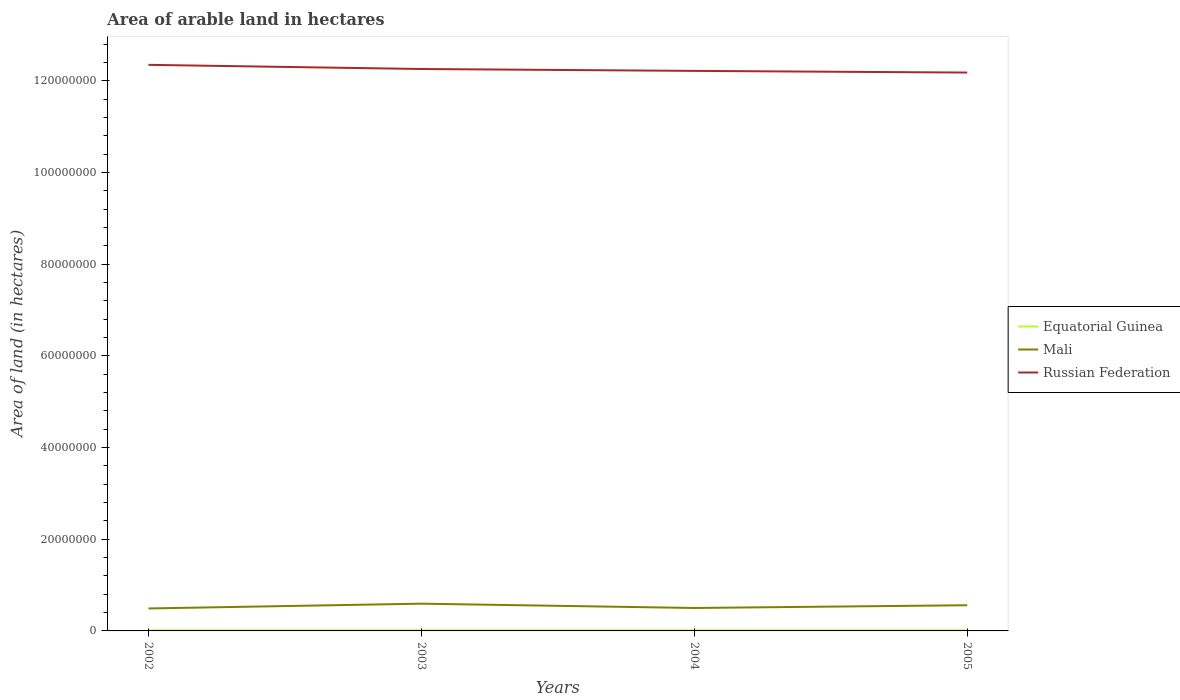
| Years | Equatorial Guinea | Mali | Russian Federation |
 | --- | --- | --- | --- |
 | 2002 | 1.3e+05 | 4.9e+06 | 1.23e+08 |
 | 2003 | 1.3e+05 | 5.94e+06 | 1.23e+08 |
 | 2004 | 1.3e+05 | 5e+06 | 1.22e+08 |
 | 2005 | 1.3e+05 | 5.6e+06 | 1.22e+08 |